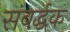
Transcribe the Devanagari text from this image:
संबर्द्धक